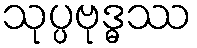
သုပ္ပဗုဒ္ဓဿ